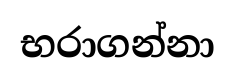
භරාගන්නා